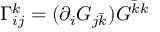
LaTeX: \Gamma _ { i j } ^ { k } = ( \partial _ { i } G _ { j { \bar { k } } } ) G ^ { { \bar { k } } k }